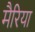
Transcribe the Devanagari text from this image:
मैरिया